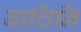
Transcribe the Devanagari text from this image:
वाचिनि